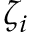
\zeta _ { i }